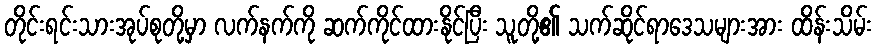
တိုင်းရင်းသားအုပ်စုတို့မှာ လက်နက်ကို ဆက်ကိုင်ထားနိုင်ပြီး သူတို့၏ သက်ဆိုင်ရာဒေသများအား ထိန်းသိမ်း